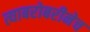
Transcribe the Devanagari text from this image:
त्याबरोबरीनेच